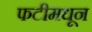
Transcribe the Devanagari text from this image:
फटीमधून